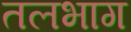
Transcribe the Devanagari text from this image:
तलभाग